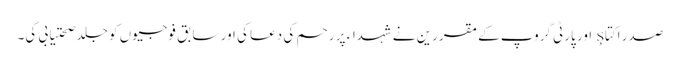
صدر اکتاş اور پارٹی گروپ کے مقررین نے شہداء پر رحم کی دعا کی اور سابق فوجیوں کو جلد صحتیابی کی۔